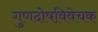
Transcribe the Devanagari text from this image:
गुणदोषविवेचक